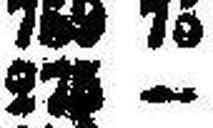
275 —